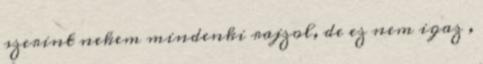
szerint nekem mindenki rajzol, de ez nem igaz ,